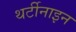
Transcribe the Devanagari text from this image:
थर्टीनाइन